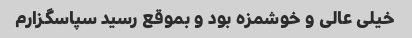
خیلی عالی و خوشمزه بود و بموقع رسید سپاسگزارم